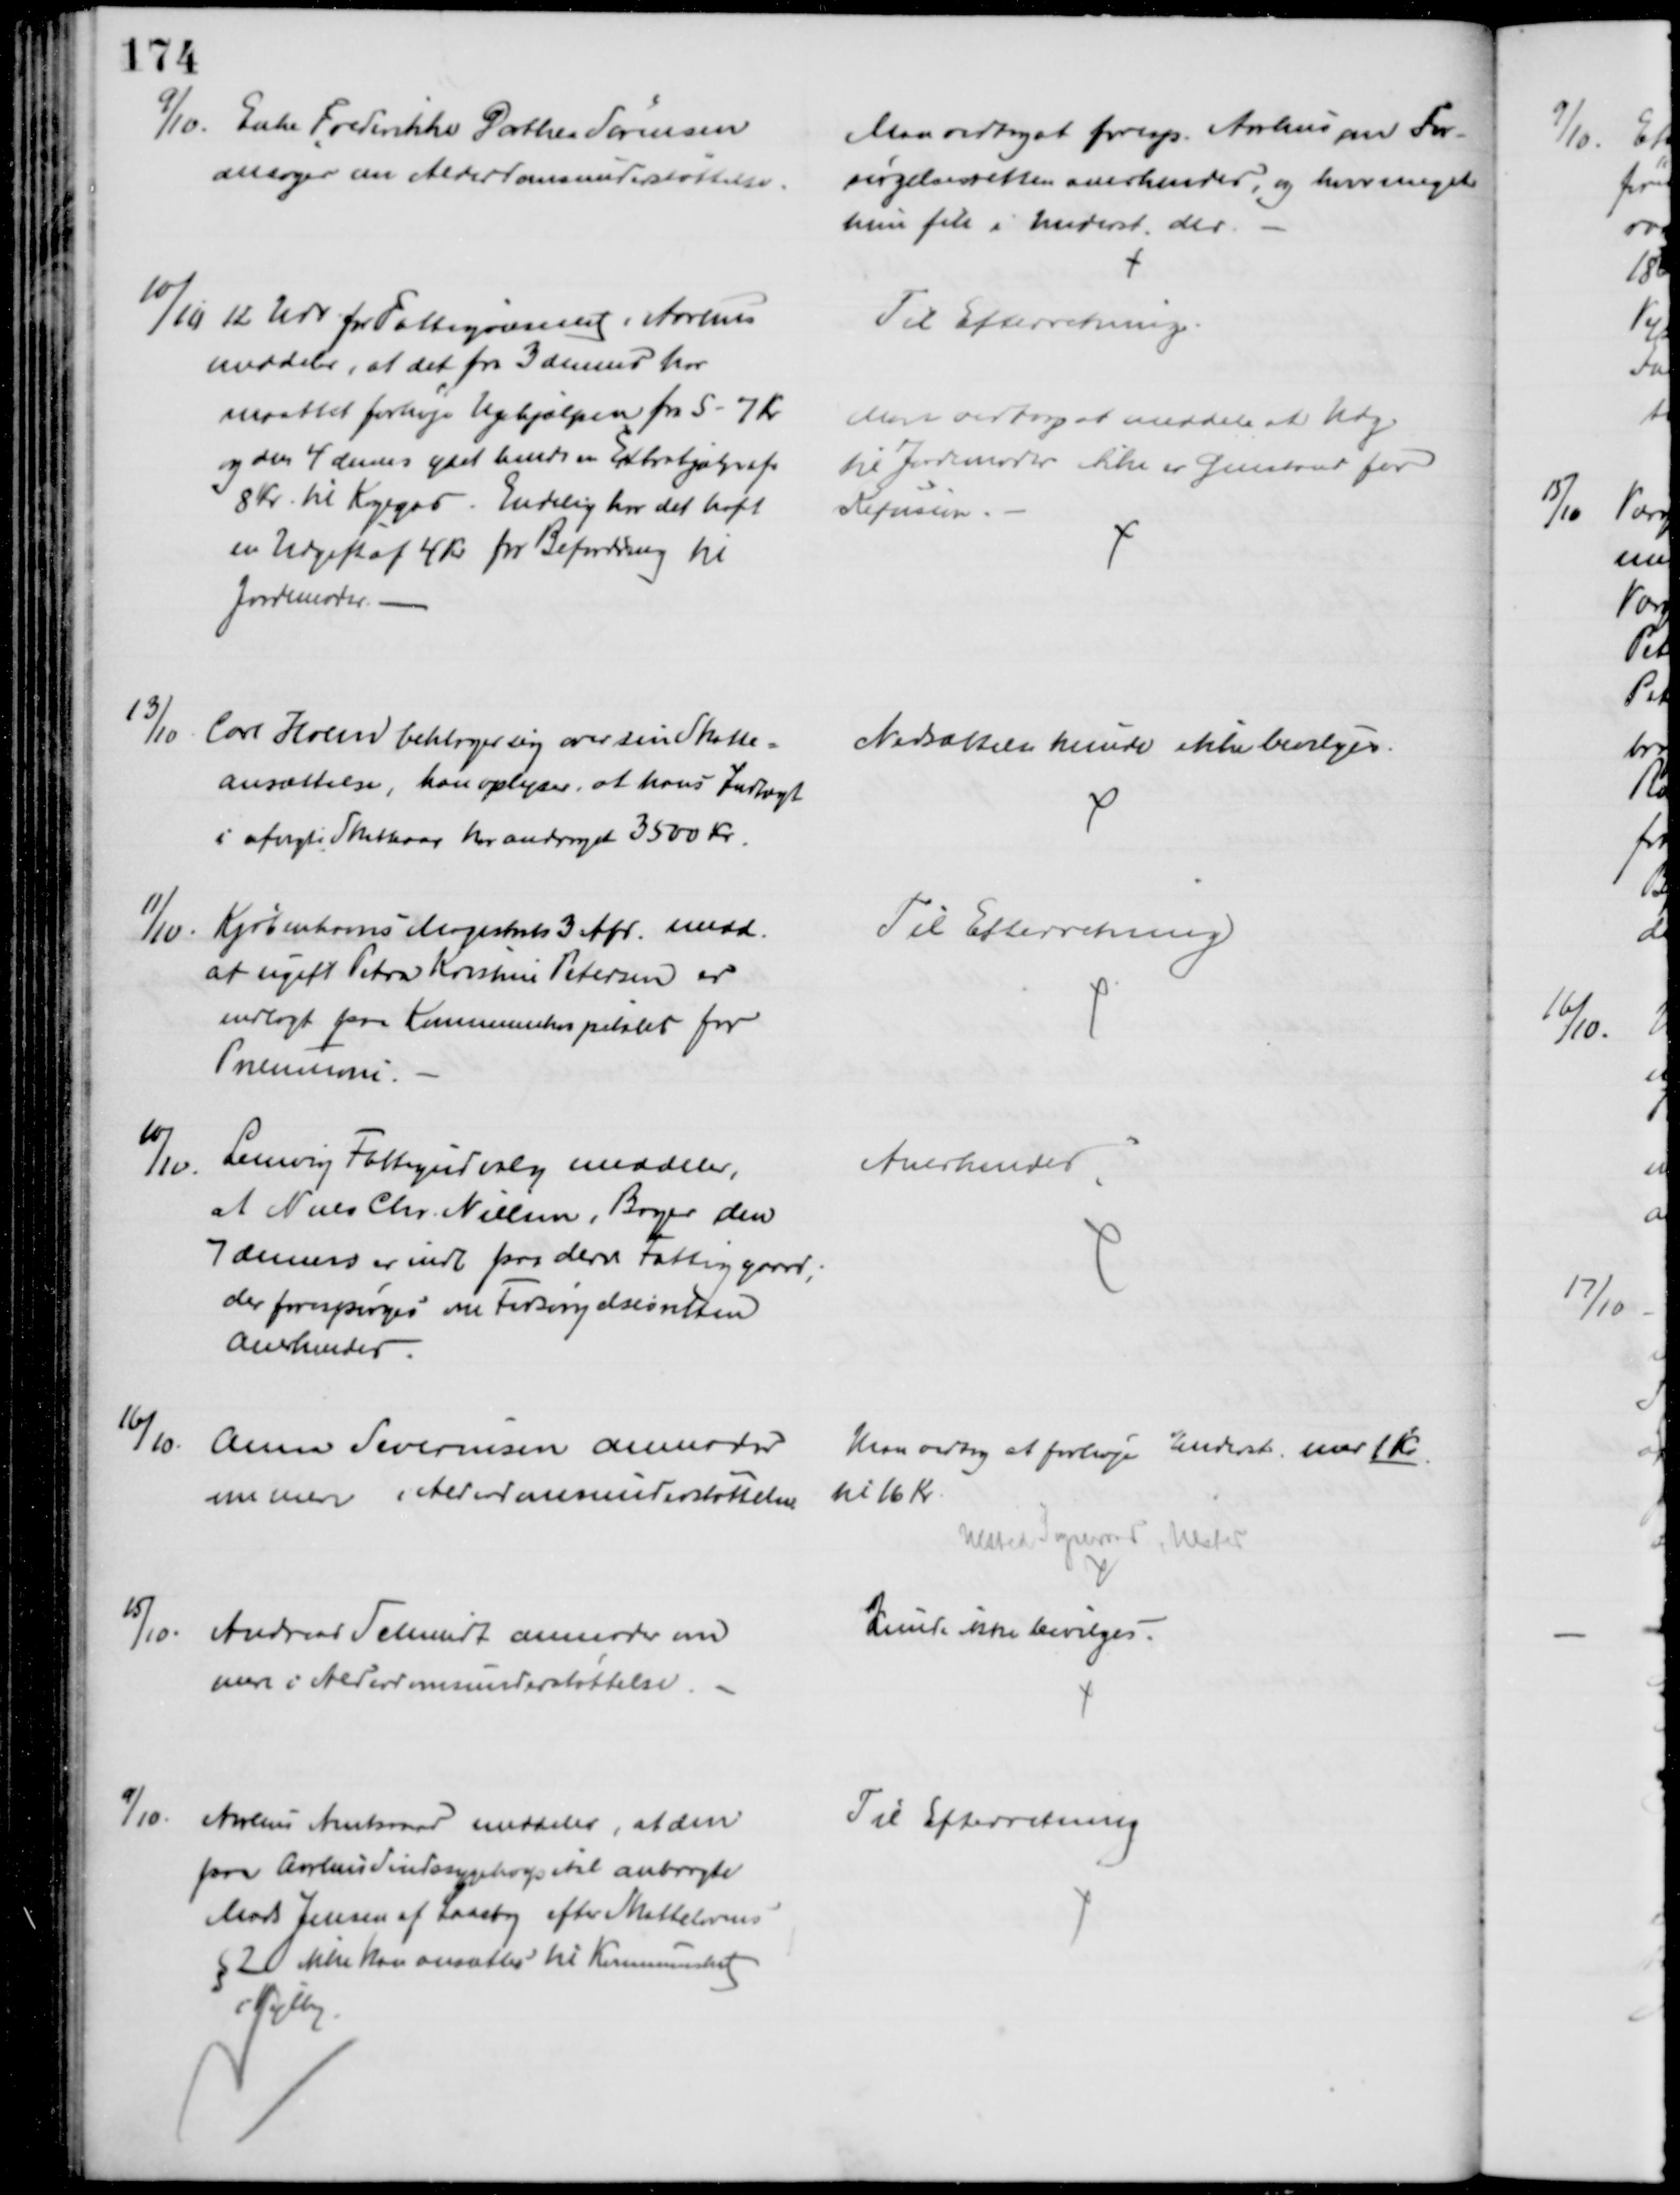
Transskription:
9/10. Enke Frederikke Dorthea Sørensen
ansøger om Alderdomsunderstøttelse.
Man vedtog at foresp. Aarhus om For-
sørgelsesretten anerkendes, og hvor meget
hun fik i Underst. der.
10/11 12 Udv. for Fattigvæsenet i Aarhus
meddeler, at det fra 3 dennes har
maattet forhøje Ugehjælpen fra 5 - 7 Kr
og den 4 dennes ydet hende en Extrahjælp af
8 Kr. til Kogegas. Endelig har det haft
en Udgift af 4 Kr for Befordring til
Jordemoder.
Til Efterretning.
Man vedtog at meddele at Udg.
til Jordemoder ikke er Genstand for
Refusion
13/10
Carl Holm beklager sig over sin Skatte=
ansættelse, han oplyser, at hans Indtægt 
i afvigte Skatteaar har andraget 3500 Kr.
Nedsættelse kunde ikke bevilges.
11/10
Kjøbenhavns Magistrats 3 Afd. medd.
at ugift Petra Kristine Petersen er
indlagt paa Kommunehospitalet for
Preumoni.
Til Efterretning
10/10
Lemvig Fattigudvalg meddeler,
at Niels Chr. Nielsen, Bager den
7 dennes er indl paa deres Fattiggaard;
der forespørges om Forsørgelsesretten
anerkendes.
Anerkendes
16/10
Anna Severinsen anmoder
om mere i Alderdomsunderstøttelse
Man vedtog at forhøje Underst med 1 Kr
tl 16 Kr.
Ulsted Sogneraad, Ulsted
15/10
Andreas Schmidt anmoder om
mere i Alderdomsunderstøttelse
Kunde ikke bevilges.
9/10
Aarhus Amtsraad meddeler, at den
paa Aarhus Sindssygehospital anbragte
Mads Jensen af Laasby efter Skattelovens
§ 2 ikke kan ansættes til Kommuneskat
i Vejlby
Til Efterretning